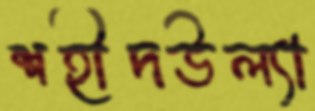
শহীদউল্যা